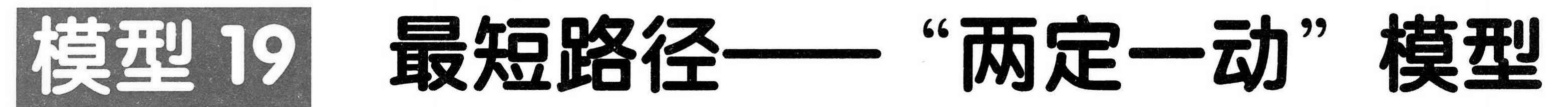
模型19 最短路径——“两定一动”模型